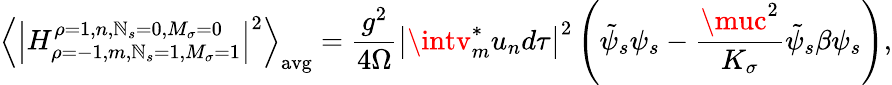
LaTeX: \left\langle\left|H_{\rho=-1,m,\mathbb{N}_{s}=1,M_{\sigma}=1}^{\rho=1,n,\mathbb{N}_{s}=0,M_{\sigma}=0}\right|^{2}\right\rangle_{\mathrm{{avg}}}={\frac{{g^{2}}}{{4\Omega}}}\left|\intv_{m}^{*}u_{n}d\tau\right|^{2}\left({\tilde{{\psi}}}_{s}\psi_{s}-{\frac{{\muc^{2}}}{{K_{\sigma}}}}{\tilde{{\psi}}}_{s}\beta\psi_{s}\right),